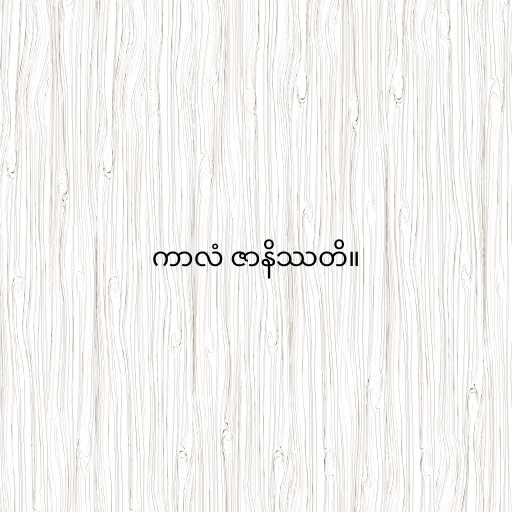
ကာလံ ဇာနိဿတိ။